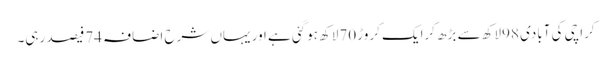
کراچی کی آبادی 98لاکھ سے بڑھ کرایک کروڑ 70لاکھ ہوگئی ہے اور یہاں شرح اضافہ 74فیصد رہی۔